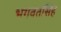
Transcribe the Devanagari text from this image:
भगवंतसिंह